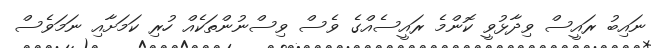
ނައިބު ރައީސް ވިދާޅުވީ ކޮންމެ ރައީސެއްގެ ވެސް ވިސްނުންތަކެއް ހުރި ކަމަށާއި ނަމަވެސް